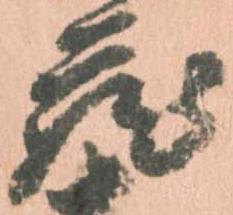
蔵